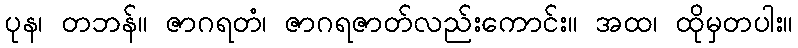
ပုန၊ တဘန်။ ဇာဂရတံ၊ ဇာဂရဇာတ်လည်းကောင်း။ အထ၊ ထိုမှတပါး။